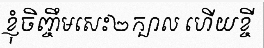
ខ្ញុំចិញ្ចឹមសេះ២ក្បាល ហើយខ្ចី